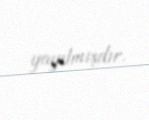
yayılmışdır.